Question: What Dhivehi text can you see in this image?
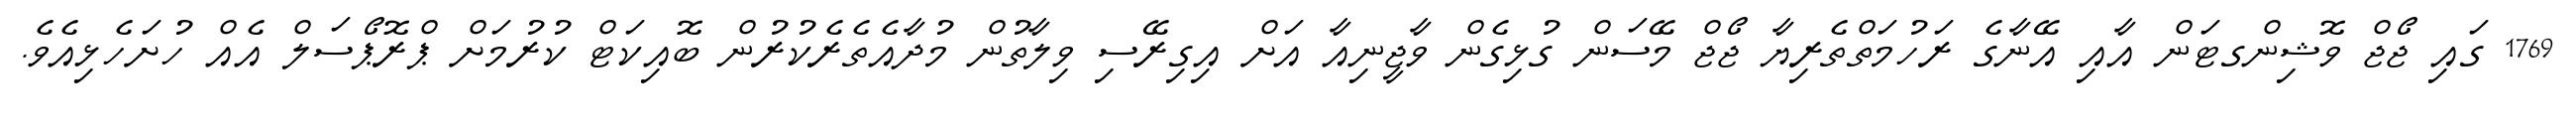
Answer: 1769 ގައި ޖޯޖް ވޮޝިންގޓަން އާއި އޭނާގެ ރަހުމަތްތެރިޔާ ޖޯޖް މޭސަން ގުޅިގެން ވާޖީނިއާ އަށް އިގިރޭސި ވިލާތުން މުދާއެތެރެކުރުން ބޮއިކަޓް ކުރުމަށް ޕްރޮޕޯސަލް އެއް ހުށަހެޅިއެވެ.